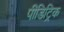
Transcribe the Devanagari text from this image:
पीडिट्रिक